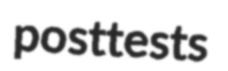
posttests